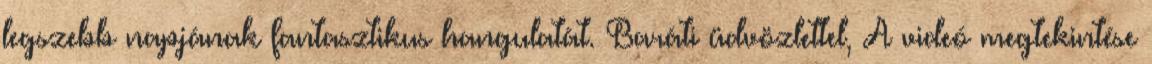
legszebb napjának fantasztikus hangulatát. Baráti üdvözlettel, A videó megtekintése